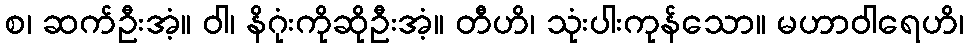
စ၊ ဆက်ဦးအံ့။ ဝါ၊ နိဂုံးကိုဆိုဦးအံ့။ တီဟိ၊ သုံးပါးကုန်သော။ မဟာဝါရေဟိ၊